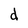
Character: d